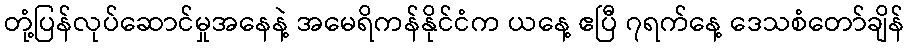
တုံ့ပြန်လုပ်ဆောင်မှုအနေနဲ့ အမေရိကန်နိုင်ငံက ယနေ့ ဧပြီ ၇ရက်နေ့ ဒေသစံတော်ချိန်